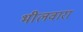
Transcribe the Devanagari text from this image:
भीलवारा